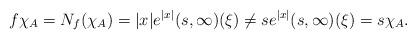
LaTeX: \begin{align*}f\chi_A=N_f(\chi_A)=|x|e^{|x|}(s,\infty)(\xi)\neq s e^{|x|}(s,\infty)(\xi)=s\chi_A.\end{align*}